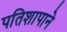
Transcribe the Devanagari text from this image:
पतिशापाने